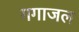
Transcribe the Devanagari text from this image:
गगाजल